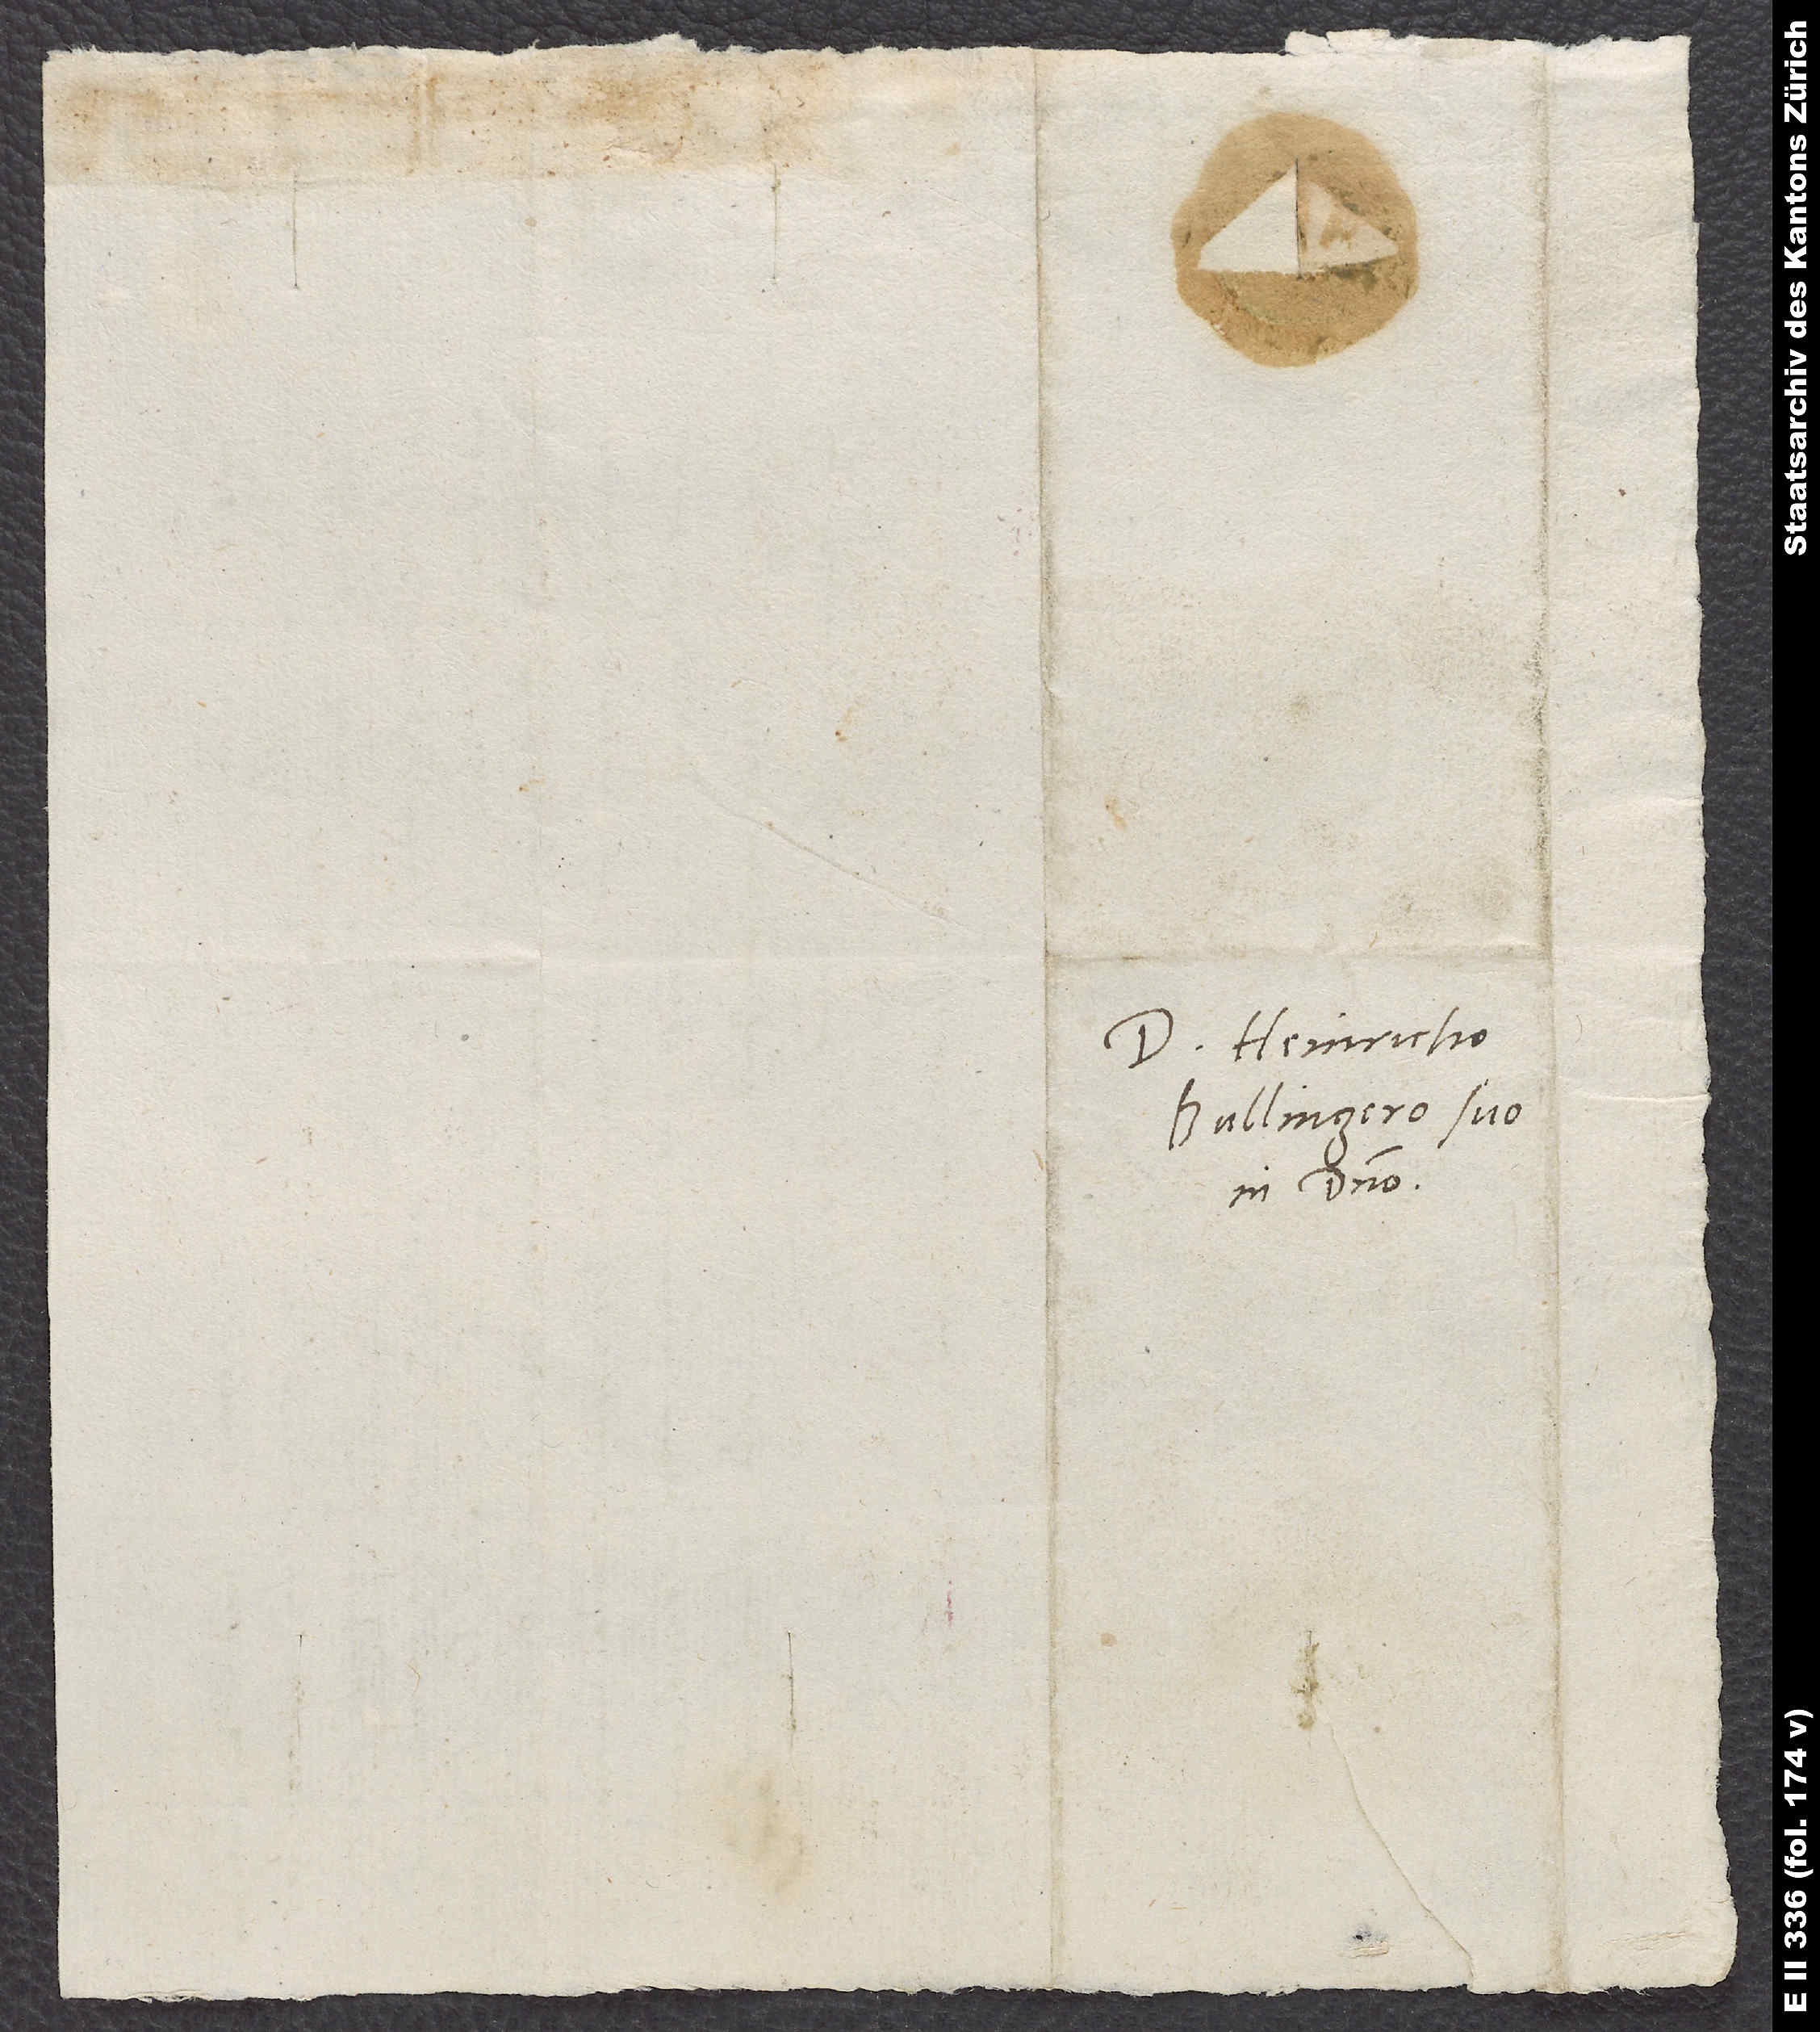
Domino Heinricho
Bullingero suo
in domino.